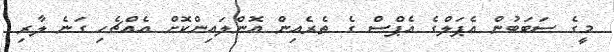
މީގެ ސަބަބުން އެޕަލްގެ އެޕްސް ގެ ތެރެއިން އޮންލައިންކޮށް އެއްޗެހި ގަނެ ލާރި